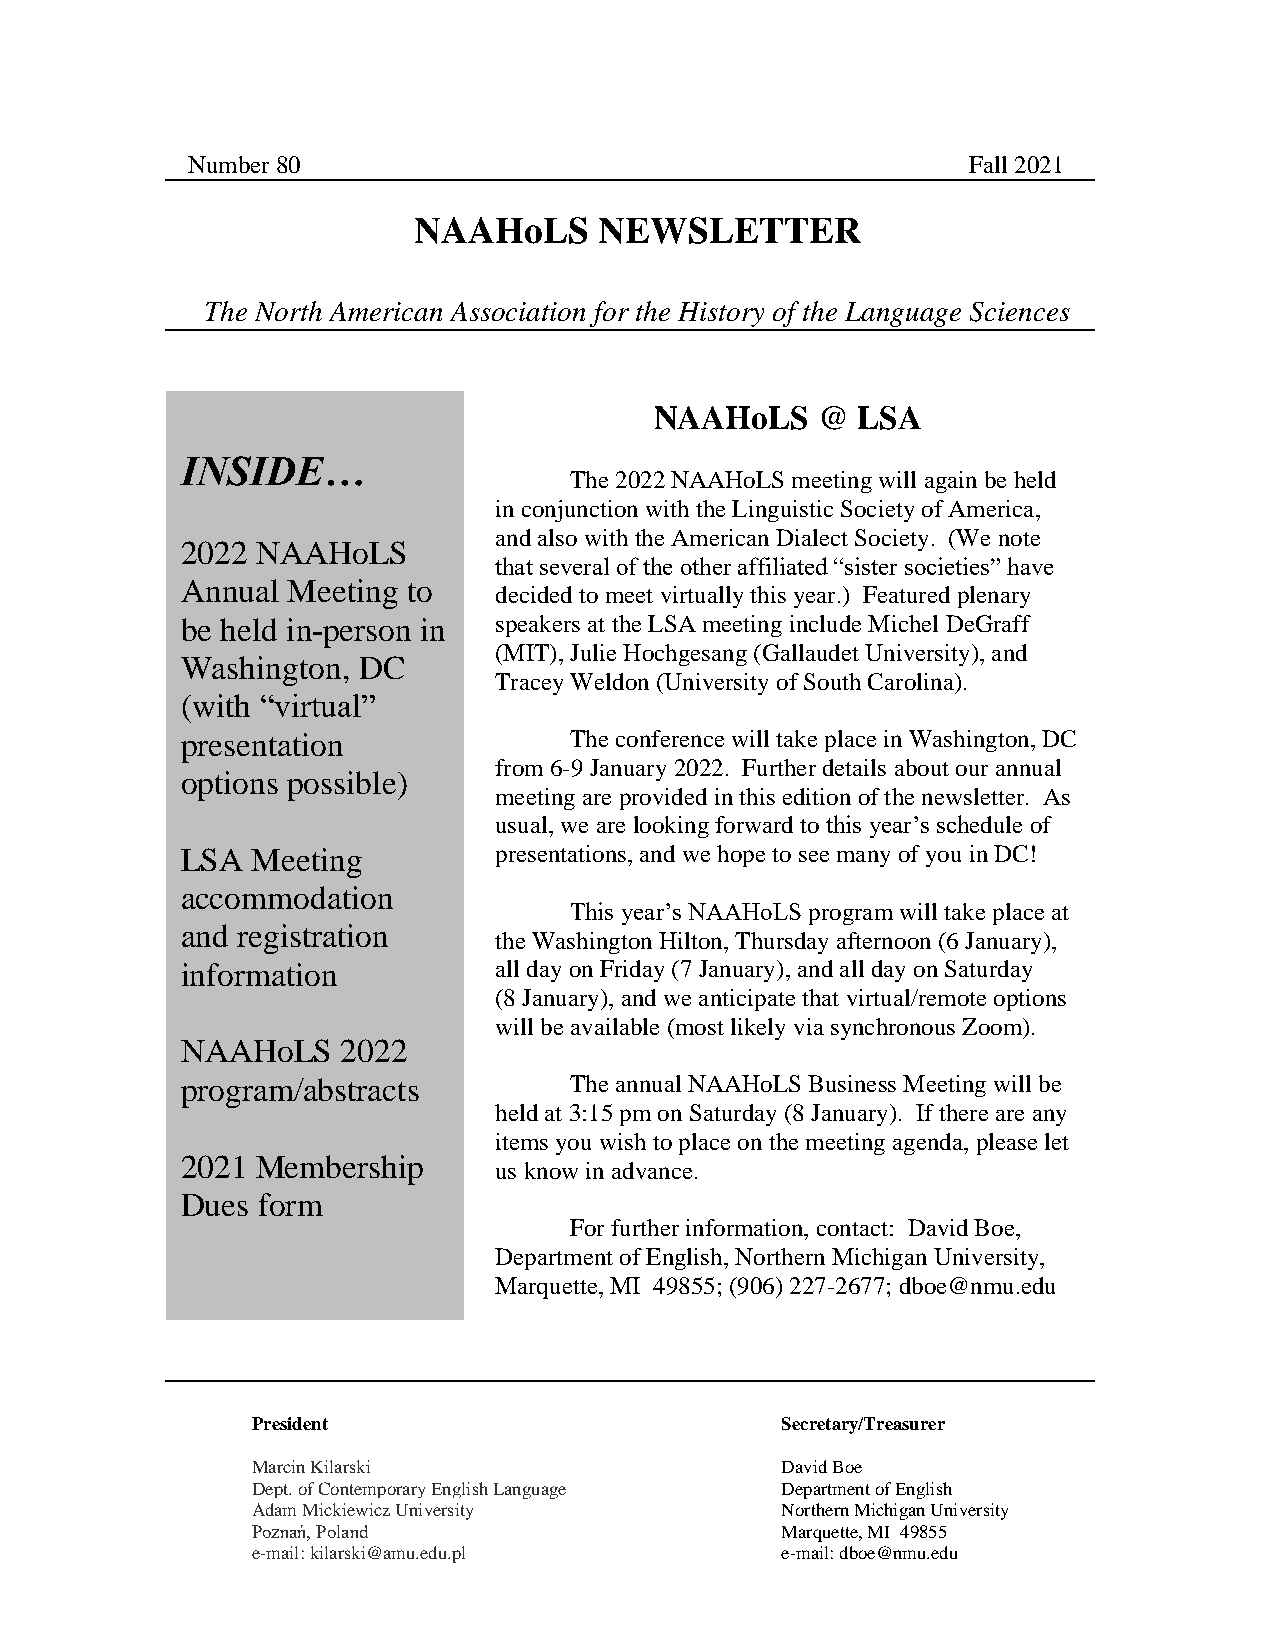
Number 80                                           Fall 2021
 NAAHoLS      NEWSLETTER
 The North American Association for the History of the Language Sciences
 NAAHoLS    @  LSA
 INSIDE…
 The 2022 NAAHoLS meeting will again be held
 in conjunction with the Linguistic Society of America,
 and also with the American Dialect Society. (We note
 2022 NAAHoLS
 that several of the other affiliated “sister societies” have
 Annual Meeting to
 decided to meet virtually this year.) Featured plenary
 be held in-person in speakers at the LSA meeting include Michel DeGraff
 (MIT), Julie Hochgesang (Gallaudet University), and
 Washington, DC
 Tracey Weldon (University of South Carolina).
 (with “virtual”
 presentation              The conference will take place in Washington, DC
 from 6-9 January 2022. Further details about our annual
 options possible)
 meeting are provided in this edition of the newsletter. As
 usual, we are looking forward to this year’s schedule of
 LSA  Meeting         presentations, and we hope to see many of you in DC!
 accommodation
 This ye ar’s NAAHoLS program will take place at
 and registration
 the Washington Hilton, Thursday afternoon (6 January),
 information          all day on Friday (7 January), and all day on Saturday
 (8 January), and we anticipate that virtual/remote options
 will be available (most likely via synchronous Zoom).
 NAAHoLS    2022
 program/abstracts         The annual NAAHoLS Business Meeting will be
 held at 3:15 pm on Saturday (8 January). If there are any
 items you wish to place on the meeting agenda, please let
 2021 Membership
 us know in advance.
 Dues form
 For further information, contact: David Boe,
 Department of English, Northern Michigan University,
 Marquette, MI 49855; (906) 227-2677; dboe@nmu.edu
 P resident                         Secretary/Treasurer
 Marcin Kilarski                    David Boe
 Dept. of Contemporary English Language Department of English
 Adam Mickiewicz University         Northern Michigan University
 Poznań, Poland                     Marquette, MI 49855
 e-mail: kilarski@amu.edu.pl        e-mail: dboe@nmu.edu
 1
 David Boe
 Department of English
 Northern Michigan University
 Marquette, MI 49855